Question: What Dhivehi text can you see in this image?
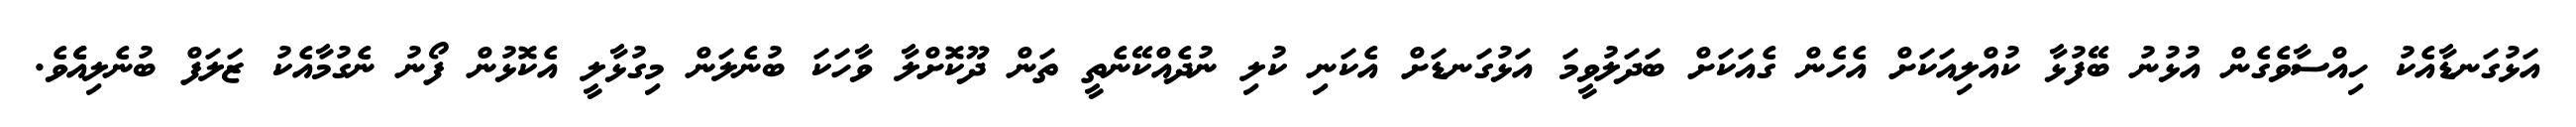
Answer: އަޅުގަނޑާއެކު ހިއްސާވެގެން އުޅުނު ބޭފުޅާ ކުއްލިއަކަށް އެހެން ގެއަކަށް ބަދަލުވީމަ އަޅުގަނޑަށް އެކަނި ކުލި ނުދެއްކޭނެތީ ތަން ދޫކޮށްލާ ވާހަކަ ބުނެލަން މިގުޅާލީ އެކޮޅުން ފޯނު ނެގުމާއެކު ޒަލަފް ބުނެލިއެެވެ.